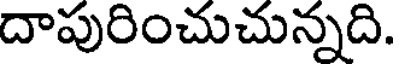
దాపురించుచున్నది.